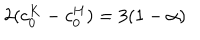
2 ( c _ { 0 } ^ { K } - c _ { 0 } ^ { H } ) = 3 ( 1 - \alpha )